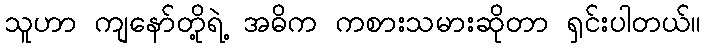
သူဟာ ကျနော်တို့ရဲ့ အဓိက ကစားသမားဆိုတာ ရှင်းပါတယ်။